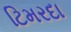
ટિમરદા